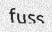
fuss